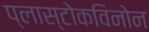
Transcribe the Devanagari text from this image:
प्लास्टोकविनोन